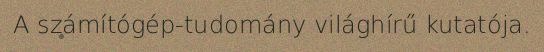
A számítógép-tudomány világhírű kutatója.